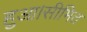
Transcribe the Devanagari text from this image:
हुआ।सीमित